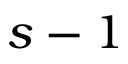
s - 1